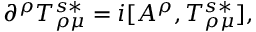
\partial ^ { \rho } T _ { \rho \mu } ^ { s \ast } = i [ A ^ { \rho } , T _ { \rho \mu } ^ { s \ast } ] ,